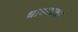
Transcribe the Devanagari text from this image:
धाब्याचा